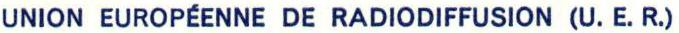
UNION EUROPÉENNE DE RADIODIFFUSION (U. E. R.)